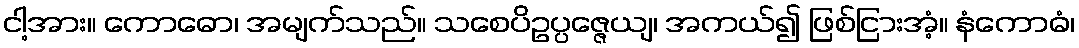
ငါ့အား။ ကောဓော၊ အမျက်သည်။ သစေပိဥပ္ပဇ္ဇေယျ၊ အကယ်၍ ဖြစ်ငြားအံ့။ နံကောဓံ၊